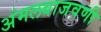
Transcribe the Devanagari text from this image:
अंमलबाजवणी